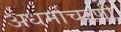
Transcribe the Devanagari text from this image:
अधर्माचरणी